Report on sanitation, dispensaries, and jails in Rajputana for 1914, and on vaccination for the year 1914-1915 - 1914-1915
Year: 1914
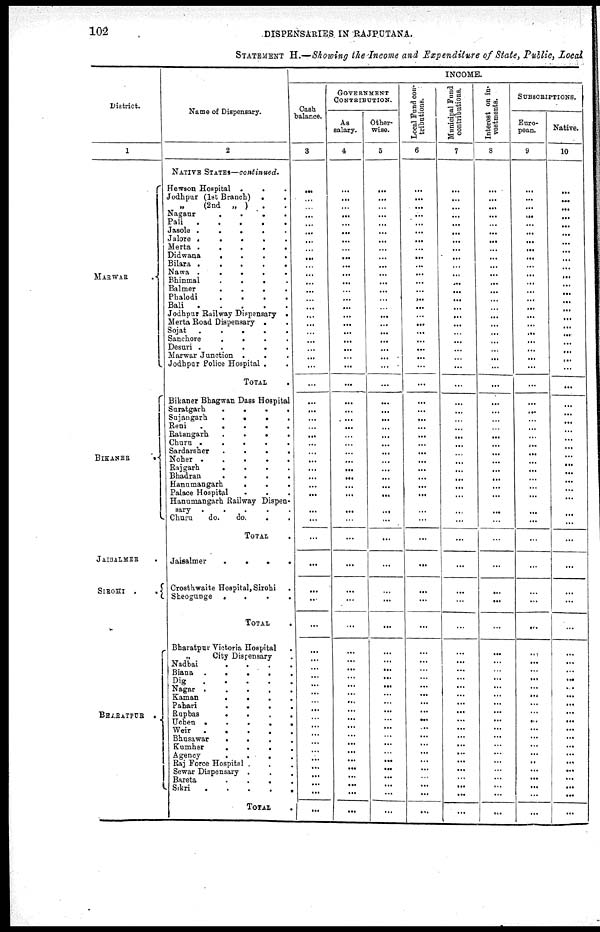
102
DISPENSARIES IN RAJPUTANA.
STATEMENT H.—Showing the Income and Expenditure of State, Public, Local
District.
1
JAISALAMER.
SIROHI .
BHARATPUR .
Name of Dispensary.
2
NATIVE STATE—continued.
Hewson Hospital . . .
Jodhpur (1st Branch).
„
(2nd „ )
Nagaur
Pali
. .
Jasole .
. . .
Jalore .
.
. .
Merta .
.
. .
Didwana
.
. . .
Bilara. .
. . .
Nawn .
. . .
Bhinmal . . . .
Balmer
.
. . .
Phalodi
. . . .
Bali
.
.
.
.
Jodhpur Railway Dispensary .
Merta Road Dispensary . .
Sojat
.
. . .
Sanchore
. . . .
Desuri .
. . .
Marwar Junction . . . .
Jodhpar Police Hosptal . .
TOTAL .
Bikaner Bhagwan Dass Hospital
Suratgarh.
. . .
Sujangarh . . . .
Reni.
.
.
.
Ratangarh . . . .
Chura .
.
.
.
Sardarsher . . . .
Nober . . . .
Rajgarh . . . .
Bhadran . . . .
Hanomaogarh . . . .
Palace Hospital . . .
Hanumangarh Railway Dispen¬
sary . . . .
Churu
do.
do.
TOTAL.
Jaisalmer
.
.
.
.
Crosthwaite Hospital Sirobi
Sheogaoge
.
.
.
.
TOTAL
.
Bharatpur Victoria Hospital .
City Discensary .
Nadbai . . . .
Biana . . . .
Dig . . . .
Nagnr . . . .
Kaman . . . .
Pahari . . . .
Rupbaa . . . .
Uchen . . . .
Weir . . . .
Bhusawar . . . .
Kumber . . . .
Agency . . . .
Raj Force Hospital . . .
Sewar Dispensary . . .
Bareta . . .
Sikri . . . .
TOTAL .
INCOME.
Cash
balance.
3
...
...
...
...
...
...
...
...
...
...
...
...
...
...
...
...
...
...
...
...
...
...
...
...
...
...
...
...
...
... ...
...
...
...
...
...
...
...
...
...
...
. .
...
...
...
...
...
...
...
... ...
...
...
...
...
...
...
...
...
...
...
...
GOVERNMENT
CONTRIBUTION.
As
salary.
4
...
...
...
...
...
...
...
...
...
...
...
...
...
...
...
...
...
...
...
...
... ...
...
...
...
...
...
...
...
... ...
...
...
...
...
...
...
...
...
...
...
...
...
...
...
...
...
...
...
... ...
...
...
... ...
...
...
... ...
...
...
...
Other¬
wise.
5
...
...
... ...
...
...
...
...
...
...
...
...
...
...
...
...
...
...
...
...
...
...
...
...
...
...
...
...
...
...
...
...
...
...
...
...
...
...
...
...
...
...
...
...
...
...
...
...
...
... ...
...
...
...
...
...
...
...
...
...
...
...
Local Fund contribntions.
6
...
...
...
...
...
...
...
...
...
...
...
...
...
...
...
...
...
...
...
...
...
...
...
...
...
...
...
...
...
...
...
...
...
...
...
...
...
...
...
...
...
...
...
...
...
...
...
...
...
... ...
...
...
..
...
...
...
...
...
...
...
...
Municipal Fund
contributions.
7
...
...
. ..
...
...
...
...
...
...
...
...
...
...
...
...
...
...
...
...
...
...
...
...
...
...
...
...
...
...
... ...
...
...
...
...
...
...
...
...
...
...
...
...
...
...
...
...
...
...
... ...
...
...
...
...
...
...
...
...
...
...
...
Interest on investments.
8
...
...
...
...
...
...
...
...
...
...
...
...
...
...
...
...
...
...
...
...
...
...
...
...
...
...
...
...
...
... ...
...
...
...
...
...
...
...
...
...
...
...
...
...
...
...
...
...
....
... ...
...
...
...
...
...
...
...
...
...
...
...
SUBSCRIPTIONS.
European.
9
...
...
...
...
...
...
...
...
...
...
...
...
...
...
...
...
...
...
...
...
...
...
...
...
...
...
...
...
...
...
...
...
...
...
...
...
...
...
...
...
...
...
...
...
...
...
...
...
...
... ...
...
...
...
...
...
...
...
...
...
...
...
Native.
10
...
...
...
...
...
. . .
. ..
...
...
...
...
...
...
...
...
...
...
...
...
...
...
. . .
...
...
...
...
...
...
...
... ...
...
...
...
...
...
...
...
|
...
...
...
...
...
...
...
...
...
...
...
... ...
...
...
...
...
...
...
...
...
...
...
...
....